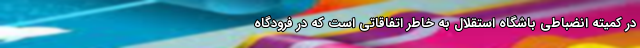
در کمیته انضباطی باشگاه استقلال به خاطر اتفاقاتی است که در فرودگاه